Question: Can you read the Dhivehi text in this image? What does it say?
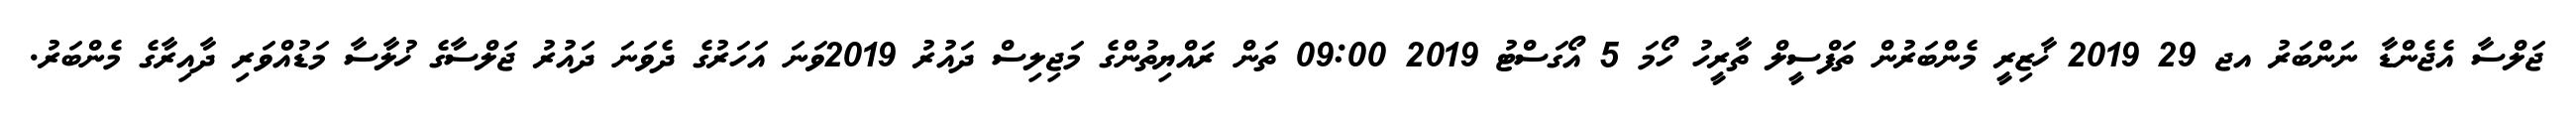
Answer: ޖަލްސާ އެޖެންޑާ ނަންބަރު އޖ 29 2019 ޚާޒިރީ މެންބަރުން ތަފްސީލް ތާރީހު ހޯމަ 5 އޯގަސްޓު 2019 09:00 ތަން ރައްޔިތުންގެ މަޖިލިސް ދައުރު 2019ވަނަ އަހަރުގެ ދެވަނަ ދައުރު ޖަލްސާގެ ޚުލާސާ މަޑުއްވަރި ދާއިރާގެ މެންބަރު.